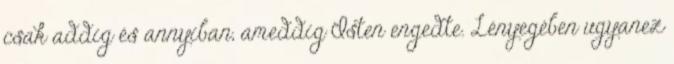
csak addig és annyiban, ameddig Isten engedte. Lényegében ugyanez